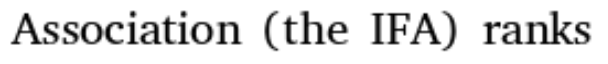
Association (the IFA) ranks